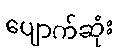
ပျောက်ဆုံး